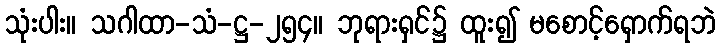
သုံးပါး။ သဂါထာ-သံ-ဋ္ဌ-၂၅၄။ ဘုရားရှင်၌ ထူး၍ မစောင့်ရှောက်ရဘဲ